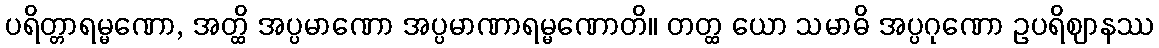
ပရိတ္တာရမ္မဏော, အတ္ထိ အပ္ပမာဏော အပ္ပမာဏာရမ္မဏောတိ။ တတ္ထ ယော သမာဓိ အပ္ပဂုဏော ဥပရိဈာနဿ